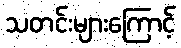
သတင်းများကြောင့်